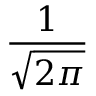
\frac { 1 } { \sqrt { 2 \pi } }